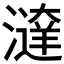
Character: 𣿔